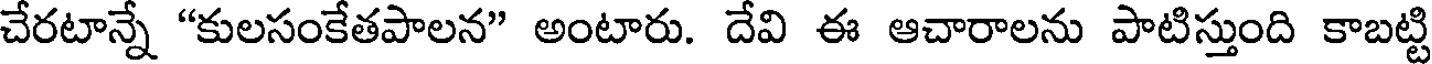
చేరటాన్నే "కులసంకేతపాలన" అంటారు. దేవి ఈ ఆచారాలను పాటిస్తుంది కాబట్టి